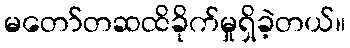
မတော်တဆထိခိုက်မှုရှိခဲ့တယ်။